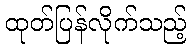
ထုတ်ပြန်လိုက်သည့်